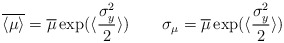
\begin{align*}\overline{\langle\mu\rangle} = \overline\mu\exp(\langle \frac{\sigma_y^2}{2}\rangle)\qquad \sigma_\mu = \overline\mu\exp(\langle \frac{\sigma_y^2}{2}\rangle)\end{align*}